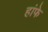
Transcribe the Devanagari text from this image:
हांफे